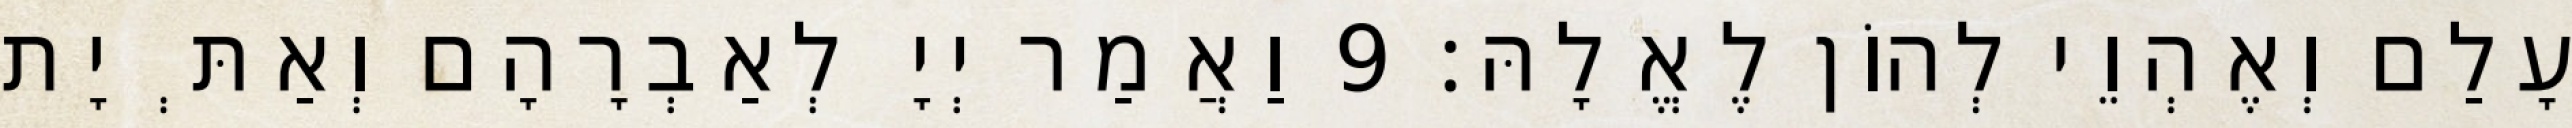
עָלַם וְאֶהְוֵי לְהוֹן לֶאֱלָהּ׃ 9 וַאֲמַר יְיָ לְאַבְרָהָם וְאַתְּ יָת